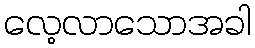
လေ့လာသောအခါ